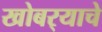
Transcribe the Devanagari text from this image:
खोबर्‍याचे